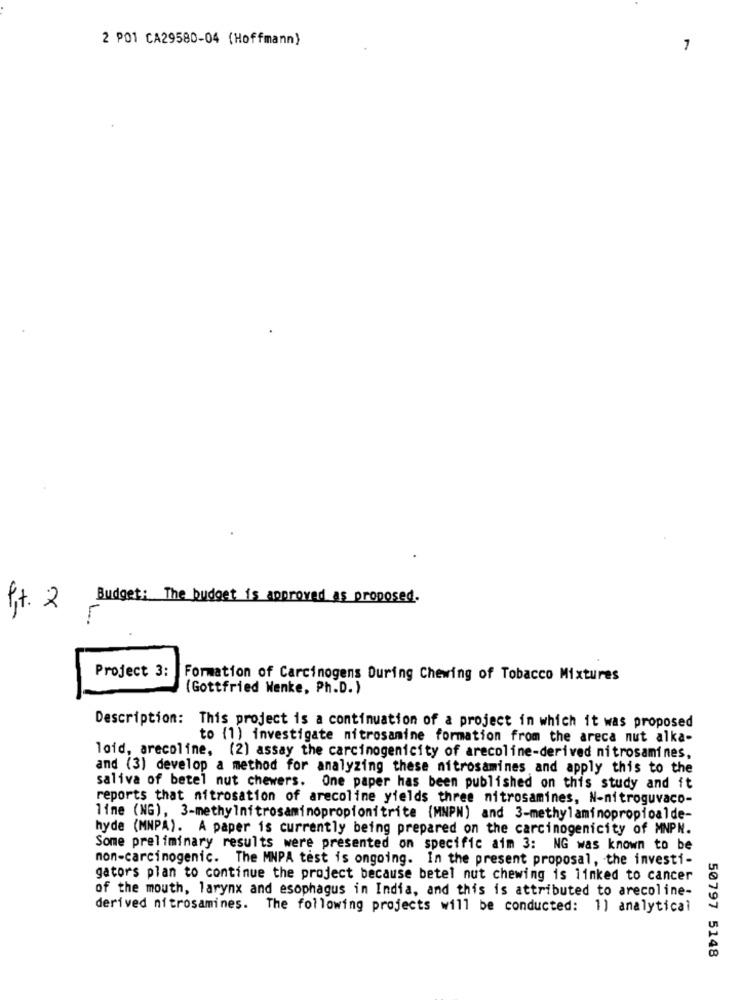
2 PO1 CA29580-04 (Hoffmann)
1
Pit. 2 Budget: The budget is approved as proposed.
Project 3:
Formation of Carcinogens During Chewing of Tobacco Mixtures
(Gottfried Wenke, Ph.D. )
Description: This project is a continuation of a project in which it was proposed
to (1) investigate nitrosamine formation from the areca nut alka-
loid, arecoline, (2) assay the carcinogenicity of arecoline-derived nitrosamines,
and (3) develop a method for analyzing these nitrosamines and apply this to the
saliva of betel nut chewers. One paper has been published on this study and it
reports that nitrosation of arecoline yields three nitrosamines, N-nitroguvaco-
lime (NG), 3-methylnitrosaminopropionitrite (MNPN) and 3-methyl aminopropioalde-
hyde (MNPA). A paper is currently being prepared on the carcinogenicity of MNPN.
Some preliminary results were presented on specific aim 3: NG was known to be
non-carcinogenic. The MNPA test is ongoing. In the present proposal, the investi-
gators plan to continue the project because betel nut chewing is linked to cancer
of the mouth, larynx and esophagus in India, and this is attributed to arecoline-
derived nitrosamines. The following projects will be conducted: 1) analytical
50797 5148